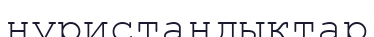
нуристандықтар